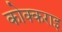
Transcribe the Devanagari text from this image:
कोक्कराइ